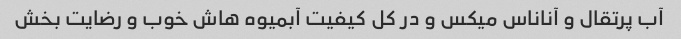
آب پرتقال و آناناس میکس و در کل کیفیت آبمیوه هاش خوب و رضایت بخش